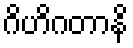
ဂိဟိဂတာနိ